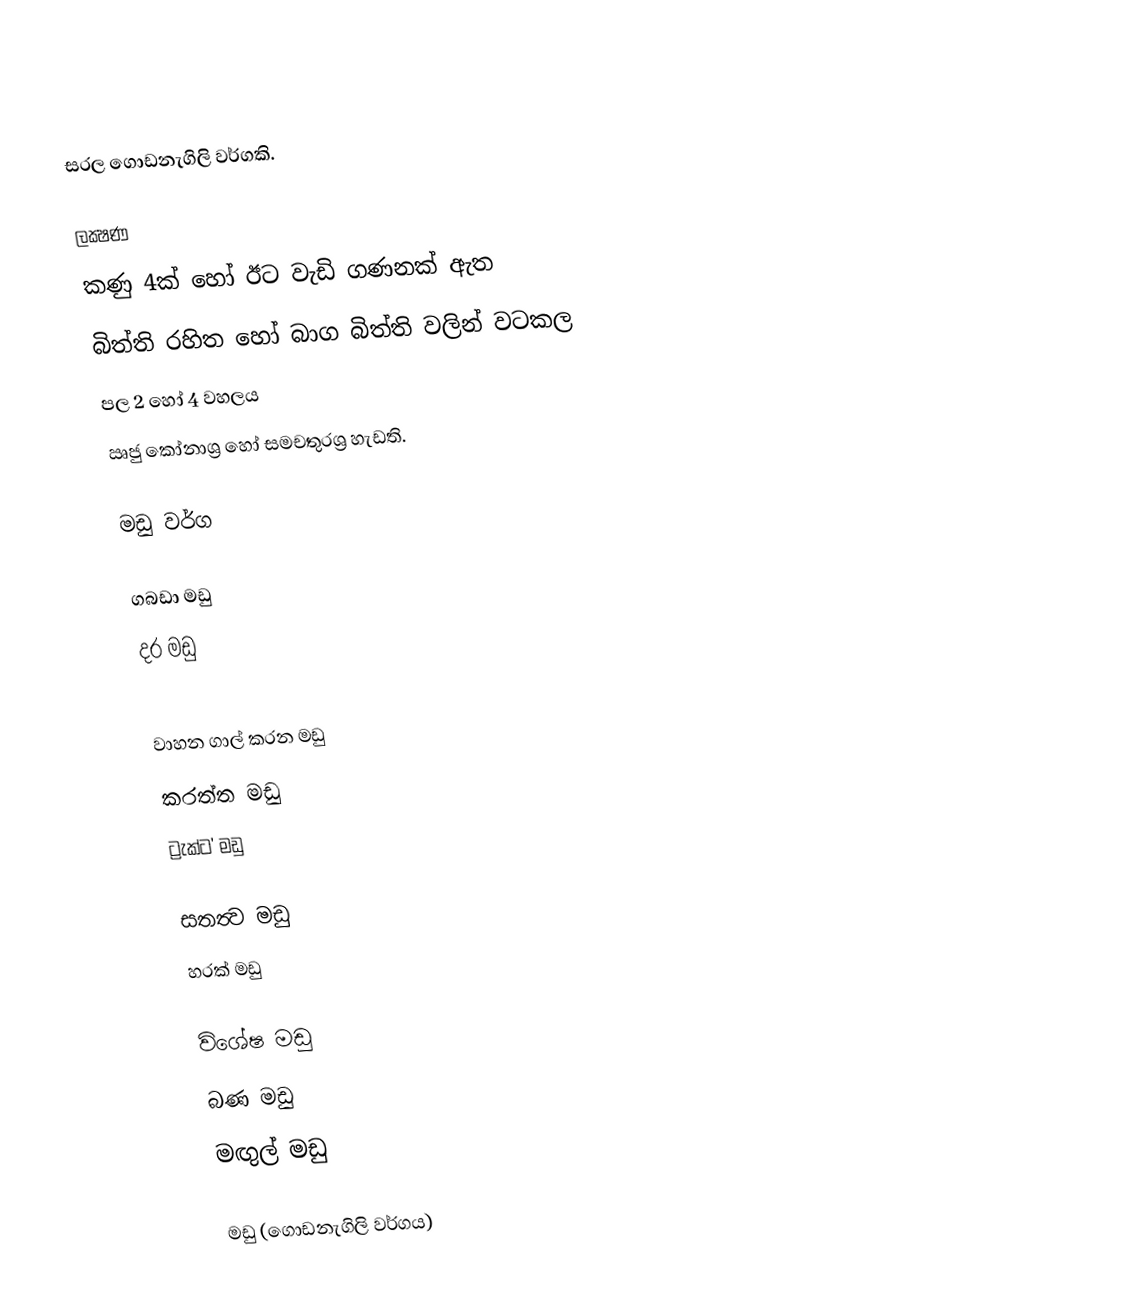
සරල ගොඩනැගිලි වර්ගකි.

ලක්‍ෂණ
 කණු 4ක් හෝ ඊට වැඩි ගණනක් ඇත
 බිත්ති රහිත හෝ බාග බිත්ති වලින් වටකල
 පල 2 හෝ 4 වහලය
 ඍජු කෝනාශ්‍ර හෝ සමචතුරශ්‍ර හැඩති.

මඩු වර්ග

 ගබඩා මඩු
 දර මඩු

 වාහන ගාල් කරන මඩු
 කරත්ත මඩු
 ට්‍රැක්ට' මඩු

 සතත්‍ව මඩු
 හරක් මඩු

 විශේෂ මඩු
 බණ මඩු
 මඟුල් මඩු

මඩු (ගොඩනැගිලි වර්ගය)